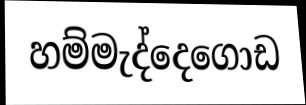
හම්මැද්දෙගොඩ